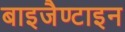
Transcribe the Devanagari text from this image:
बाइजैण्टाइन